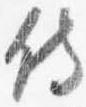
侍